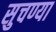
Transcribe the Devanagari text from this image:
सुचण्या